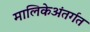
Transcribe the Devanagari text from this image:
मालिकेअंतर्गत